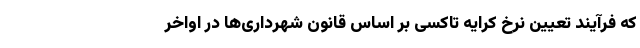
که فرآیند تعیین نرخ کرایه تاکسی بر اساس قانون شهرداری‌ها در اواخر